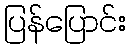
ပြန်ပြောင်း